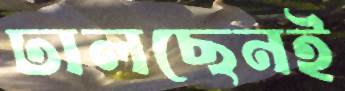
ঢালছেনই